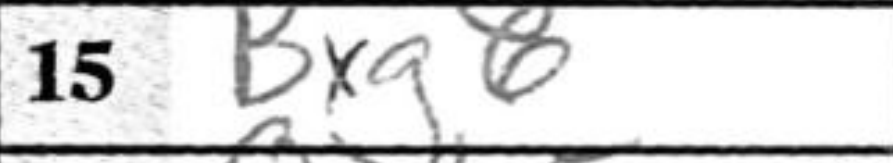
Transcription: Bxg6